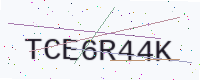
Text: TCE6R44K